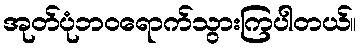
အုတ်ပုံဘဝရောက်သွားကြပါတယ်။